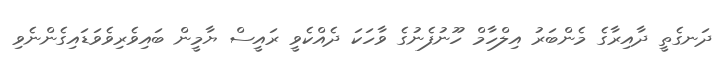
ދަނގެތީ ދާއިރާގެ މެންބަރު އިލްހާމް ހޫނުފެނުގެ ވާހަކަ ދެއްކެވީ ރައީސް ޔާމީން ބައިވެރިވެވަޑައިގެންނެވި